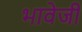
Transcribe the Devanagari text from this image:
भावेजी